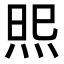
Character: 𭴫